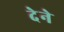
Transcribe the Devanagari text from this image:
देेने